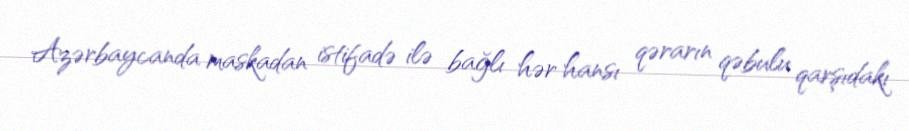
Azərbaycanda maskadan istifadə ilə bağlı hər hansı qərarın qəbulu qarşıdakı